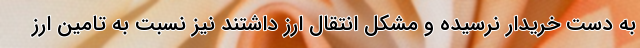
به دست خریدار نرسیده و مشکل انتقال ارز داشتند نیز نسبت به تامین ارز